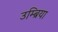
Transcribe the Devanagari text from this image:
उम्ब्रिया